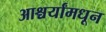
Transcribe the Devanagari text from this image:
आश्चर्यांमधून